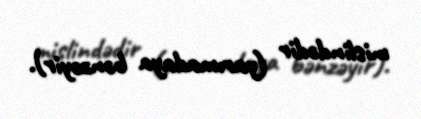
mislindədir (yarımadaya bənzəyir).